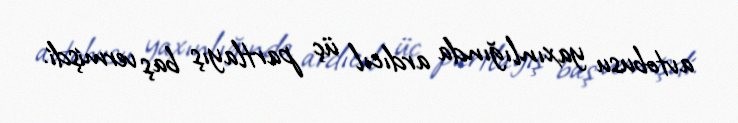
avtobusu yaxınlığında ardıcıl üç partlayış baş vermişdi.